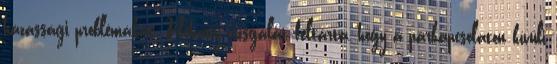
házassági problémákat. Néhány vizsgálat feltárta, hogy a párkapcsolaton kívüli